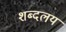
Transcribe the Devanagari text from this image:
शब्दलय